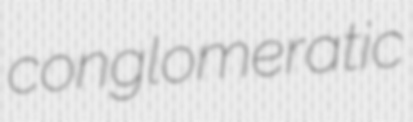
conglomeratic